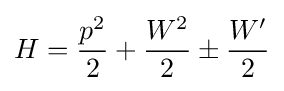
H={\frac {p^{2}}{2}}+{\frac {W^{2}}{2}}\pm {\frac {W'}{2}}